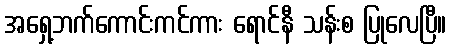
အရှေ့ဘက်ကောင်းကင်ကား ရောင်နီ သန်းစ ပြုလေပြီ။